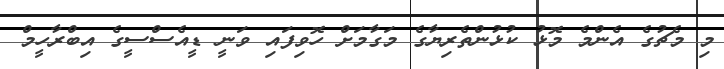
މި މެޗުގެ އެންމެ މޮޅު ކުޅުންތެރިޔާގެ މަގާމަށް ހޮވިފައި ވަނީ ޑީއެސްސީގެ އިބްރާހީމް